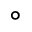
\circ